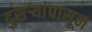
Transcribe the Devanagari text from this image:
दुसऱ्यांपासून